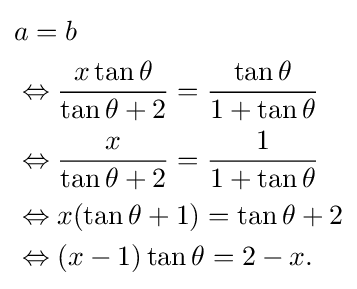
{\begin{aligned}&a=b\\&\Leftrightarrow {\frac {x\tan \theta }{\tan \theta +2}}={\frac {\tan \theta }{1+\tan \theta }}\\&\Leftrightarrow {\frac {x}{\tan \theta +2}}={\frac {1}{1+\tan \theta }}\\&\Leftrightarrow x(\tan \theta +1)=\tan \theta +2\\&\Leftrightarrow (x-1)\tan \theta =2-x.\end{aligned}}